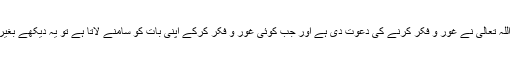
لیکن ہم مسلمانوں کا یہ المیہ ہے کہ ہم ایک طرف تو یہ کہتے اور مانتے ہیں اللہ تعالٰی نے غور و فکر کرنے کی دعوت دی ہے اور جب کوئی غور و فکر کرکے اپنی بات کو سامنے لاتا ہے تو یہ دیکھے بغیر کہ یہ دین سے متعصادم ہے بھی یا نہیں اس پر نقطہ چینی کرنے لگتے ہیں۔